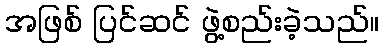
အဖြစ် ပြင်ဆင် ဖွဲ့စည်းခဲ့သည်။